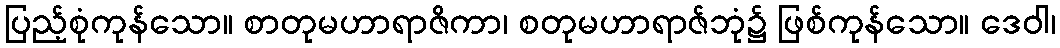
ပြည့်စုံကုန်သော။ စာတုမဟာရာဇိကာ၊ စတုမဟာရာဇ်ဘုံ၌ ဖြစ်ကုန်သော။ ဒေဝါ၊